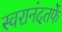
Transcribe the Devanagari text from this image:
स्वरानंदतर्फे